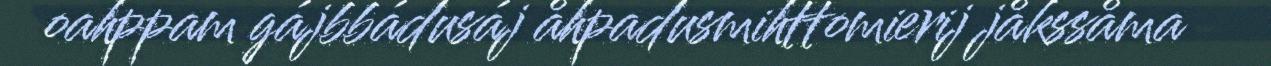
oahppam gájbbádusáj åhpadusmihttomierij jåkssåma